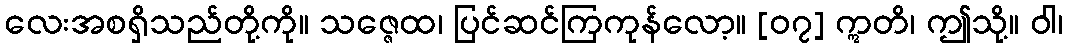
လေးအစရှိသည်တို့ကို။ သဇ္ဇေထ၊ ပြင်ဆင်ကြကုန်လော့။ [၀၇] ဣတိ၊ ဤသို့။ ဝါ၊